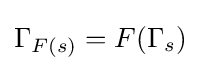
\Gamma _{F(s)}=F(\Gamma _{s})